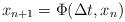
LaTeX: \begin{align*}x_{n+1}=\Phi(\Delta t,x_n)\end{align*}